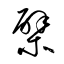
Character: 檗